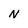
Character: N